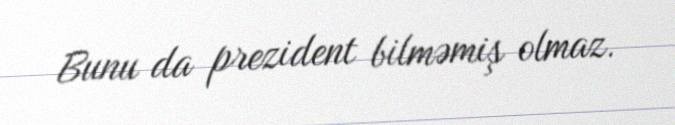
Bunu da prezident bilməmiş olmaz.